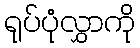
ရုပ်ပုံလွှာကို